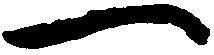
一